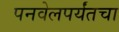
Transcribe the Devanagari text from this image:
पनवेलपर्यंतचा